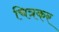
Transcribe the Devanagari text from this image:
चित्रकर